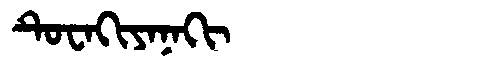
Manchu: ᡨᡠᠸᠠᡴᡳᠶᠠᠨᠠᡴᡳ
Romanization: TUWAKIYANAKI